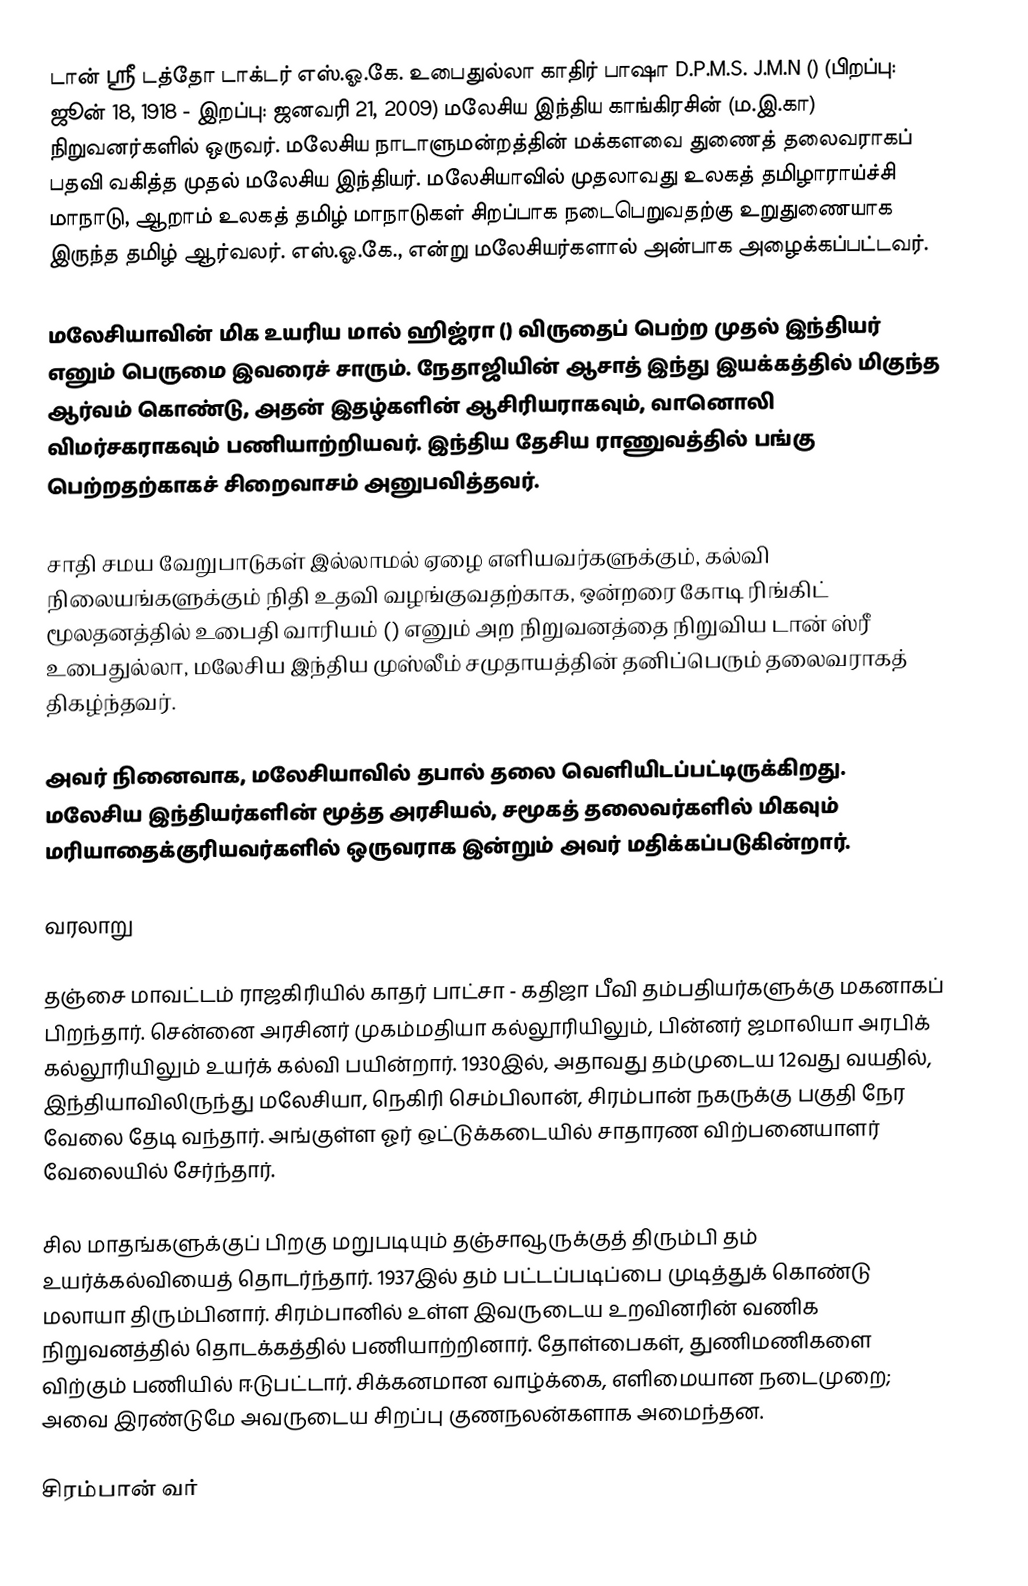
டான் ஸ்ரீ டத்தோ டாக்டர் எஸ்.ஓ.கே. உபைதுல்லா காதிர் பாஷா D.P.M.S. J.M.N () (பிறப்பு: ஜூன் 18, 1918 - இறப்பு: ஜனவரி 21, 2009) மலேசிய இந்திய காங்கிரசின் (ம.இ.கா) நிறுவனர்களில் ஒருவர். மலேசிய நாடாளுமன்றத்தின் மக்களவை துணைத் தலைவராகப் பதவி வகித்த முதல் மலேசிய இந்தியர். மலேசியாவில் முதலாவது உலகத் தமிழாராய்ச்சி மாநாடு, ஆறாம் உலகத் தமிழ் மாநாடுகள் சிறப்பாக நடைபெறுவதற்கு உறுதுணையாக இருந்த தமிழ் ஆர்வலர். எஸ்.ஓ.கே., என்று மலேசியர்களால் அன்பாக அழைக்கப்பட்டவர்.

மலேசியாவின் மிக உயரிய மால் ஹிஜ்ரா () விருதைப் பெற்ற முதல் இந்தியர் எனும் பெருமை இவரைச் சாரும். நேதாஜியின் ஆசாத் இந்து இயக்கத்தில் மிகுந்த ஆர்வம் கொண்டு, அதன் இதழ்களின் ஆசிரியராகவும், வானொலி விமர்சகராகவும் பணியாற்றியவர். இந்திய தேசிய ராணுவத்தில் பங்கு பெற்றதற்காகச் சிறைவாசம் அனுபவித்தவர்.

சாதி சமய வேறுபாடுகள் இல்லாமல் ஏழை எளியவர்களுக்கும், கல்வி நிலையங்களுக்கும் நிதி உதவி வழங்குவதற்காக, ஒன்றரை கோடி ரிங்கிட் மூலதனத்தில் உபைதி வாரியம் () எனும் அற நிறுவனத்தை நிறுவிய டான் ஸ்ரீ உபைதுல்லா, மலேசிய இந்திய முஸ்லீம் சமுதாயத்தின் தனிப்பெரும் தலைவராகத் திகழ்ந்தவர்.

அவர் நினைவாக, மலேசியாவில் தபால் தலை வெளியிடப்பட்டிருக்கிறது. மலேசிய இந்தியர்களின் மூத்த அரசியல், சமூகத் தலைவர்களில் மிகவும் மரியாதைக்குரியவர்களில் ஒருவராக இன்றும் அவர் மதிக்கப்படுகின்றார்.

வரலாறு

தஞ்சை மாவட்டம்  ராஜகிரியில் காதர் பாட்சா - கதிஜா பீவி தம்பதியர்களுக்கு மகனாகப் பிறந்தார். சென்னை அரசினர் முகம்மதியா கல்லூரியிலும், பின்னர் ஜமாலியா அரபிக் கல்லூரியிலும் உயர்க் கல்வி பயின்றார். 1930இல், அதாவது தம்முடைய 12வது வயதில், இந்தியாவிலிருந்து மலேசியா, நெகிரி செம்பிலான், சிரம்பான் நகருக்கு பகுதி நேர வேலை தேடி வந்தார். அங்குள்ள ஓர் ஒட்டுக்கடையில் சாதாரண விற்பனையாளர் வேலையில் சேர்ந்தார்.

சில மாதங்களுக்குப் பிறகு மறுபடியும் தஞ்சாவூருக்குத் திரும்பி தம் உயர்க்கல்வியைத் தொடர்ந்தார். 1937இல் தம் பட்டப்படிப்பை முடித்துக் கொண்டு மலாயா திரும்பினார். சிரம்பானில் உள்ள இவருடைய உறவினரின் வணிக நிறுவனத்தில் தொடக்கத்தில் பணியாற்றினார். தோள்பைகள், துணிமணிகளை விற்கும் பணியில் ஈடுபட்டார். சிக்கனமான வாழ்க்கை, எளிமையான நடைமுறை; அவை இரண்டுமே அவருடைய சிறப்பு குணநலன்களாக அமைந்தன.

சிரம்பான் வர்